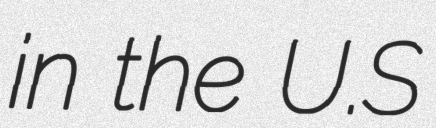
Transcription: in the U.S